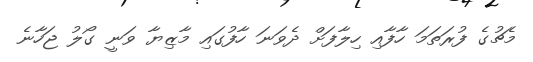
މެޗުގެ ފުރަތަމަ ހާފާއި ހިލާފަށް ދެވަނަ ހާފުގައި މާޒިޔާ ވަނީ ގޯލު ޖަހާނެ